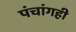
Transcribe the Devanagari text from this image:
पंचांगही